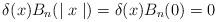
LaTeX: \begin{align*}\delta(x)B_n(\mid x\mid)=\delta(x)B_n(0)=0\end{align*}